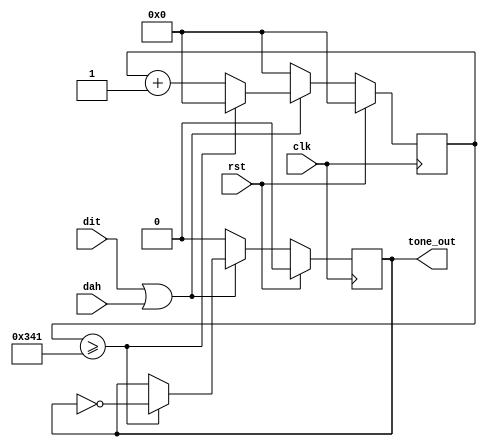
/* 
    Copyright 2024 Daniel Baumgartner

    Licensed under the Apache License, Version 2.0 (the "License");
    you may not use this file except in compliance with the License.
    You may obtain a copy of the License at

    http://www.apache.org/licenses/LICENSE2.0

    Unless required by applicable law or agreed to in writing, software
    distributed under the License is distributed on an "AS IS" BASIS,
    WITHOUT WARRANTIES OR CONDITIONS OF ANY KIND, either express or implied.
    See the License for the specific language governing permissions and
    limitations under the License.
*/

/*
 * Module: tone_generator
 * Description:
        If one of the two inputs ('dit' and 'dah') or both are high,
        a square wave signal with 600 Hz is generated at the output.
        The generated tone is realized by using a counter.
        A clock of 1MHz is assumed at input 'clk'.
*/

`default_nettype none

module tone_generator (
    // Inputs
    input  clk,
    input  rst,
    input  dit,
    input  dah,

    // Output
    output tone_out
);

    // Constant parameters
    localparam SIZE_COUNTER = 10;       // 10-Bit counter
    localparam MAX_COUNT    = 10'h341;  // 600 Hz with 1MHz clock, for testing: 10'h8

    // Internal registers
    reg [SIZE_COUNTER-1:0] counter;
    reg [SIZE_COUNTER-1:0] next_counter;
    reg tone_output;
    reg next_tone_output;

    // Register process
    always @(posedge clk) begin
        if (rst) begin
            counter     <= {SIZE_COUNTER{1'b0}};
            tone_output <= 1'b0;
        end else begin
            counter     <= next_counter;
            tone_output <= next_tone_output;
        end
    end

    // Sequential logic
    always @(*) begin
    	// Default assignment
    	next_counter = counter;
    	next_tone_output = tone_output;
    	
        if (dit || dah) begin
            if (counter >= MAX_COUNT) begin
                // Toggle output and reset counter
                next_tone_output = ~tone_output;
                next_counter = {SIZE_COUNTER{1'b0}};
            end else begin
                // Count up
                next_counter = counter + {{(SIZE_COUNTER-1){1'b0}}, 1'b1};
                next_tone_output = tone_output;
            end
        end else begin
            // Reset counter
            next_counter     = {SIZE_COUNTER{1'b0}};
            next_tone_output = 1'b0;
        end
    end
    
    // Combinatoric logic
    assign tone_out = tone_output;

endmodule